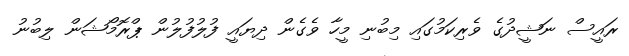
ރައީސް ނަޝީދުގެ ވެރިކަމުގައި މިބުނި މީހާ ވެގެން ދިޔައީ ފުލުފުލުން ޕްރޮމޯޝަން ލިބުނު